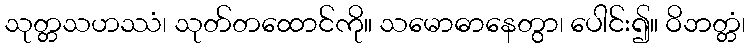
သုတ္တသဟဿံ၊ သုတ်တထောင်ကို။ သမောဓာနေတွာ၊ ပေါင်း၍။ ဝိဘတ္တံ၊